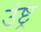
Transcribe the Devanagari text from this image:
उंष्ट्र